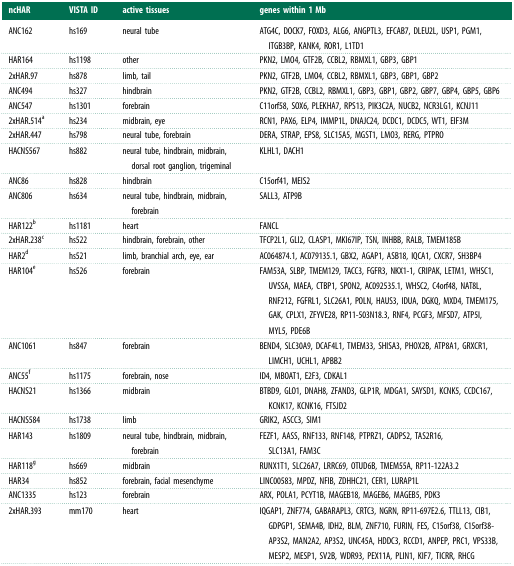
<table><thead><tr><td><b>ncHAR</b></td><td><b>VISTA ID</b></td><td><b>active tissues</b></td><td><b>genes within 1 Mb</b></td></tr></thead><tbody><tr><td>ANC162</td><td>hs169</td><td>neural tube</td><td>ATG4C, DOCK7, FOXD3, ALG6, ANGPTL3, EFCAB7, DLEU2L, USP1, PGM1, ITGB3BP, KANK4, ROR1, L1TD1</td></tr><tr><td>HAR164</td><td>hs1198</td><td>other</td><td>PKN2, LMO4, GTF2B, CCBL2, RBMXL1, GBP3, GBP1</td></tr><tr><td>2xHAR.97</td><td>hs878</td><td>limb, tail</td><td>PKN2, GTF2B, LMO4, CCBL2, RBMXL1, GBP3, GBP1, GBP2</td></tr><tr><td>ANC494</td><td>hs327</td><td>hindbrain</td><td>PKN2, GTF2B, CCBL2, RBMXL1, GBP3, GBP1, GBP2, GBP7, GBP4, GBP5, GBP6</td></tr><tr><td>ANC547</td><td>hs1301</td><td>forebrain</td><td>C11orf58, SOX6, PLEKHA7, RPS13, PIK3C2A, NUCB2, NCR3LG1, KCNJ11</td></tr><tr><td>2xHAR.514<sup>a</sup></td><td>hs234</td><td>midbrain, eye</td><td>RCN1, PAX6, ELP4, IMMP1L, DNAJC24, DCDC1, DCDC5, WT1, EIF3M</td></tr><tr><td>2xHAR.447</td><td>hs798</td><td>neural tube, forebrain</td><td>DERA, STRAP, EPS8, SLC15A5, MGST1, LMO3, RERG, PTPRO</td></tr><tr><td>HACNS567</td><td>hs882</td><td>neural tube, hindbrain, midbrain, dorsal root ganglion, trigeminal</td><td>KLHL1, DACH1</td></tr><tr><td>ANC86</td><td>hs828</td><td>hindbrain</td><td>C15orf41, MEIS2</td></tr><tr><td>ANC806</td><td>hs634</td><td>neural tube, hindbrain, midbrain, forebrain</td><td>SALL3, ATP9B</td></tr><tr><td>HAR122<sup>b</sup></td><td>hs1181</td><td>heart</td><td>FANCL</td></tr><tr><td>2xHAR.238<sup>c</sup></td><td>hs522</td><td>hindbrain, forebrain, other</td><td>TFCP2L1, GLI2, CLASP1, MKI67IP, TSN, INHBB, RALB, TMEM185B</td></tr><tr><td>HAR2<sup>d</sup></td><td>hs521</td><td>limb, branchial arch, eye, ear</td><td>AC064874.1, AC079135.1, GBX2, AGAP1, ASB18, IQCA1, CXCR7, SH3BP4</td></tr><tr><td>HAR104<sup>e</sup></td><td>hs526</td><td>forebrain</td><td>FAM53A, SLBP, TMEM129, TACC3, FGFR3, NKX1-1, CRIPAK, LETM1, WHSC1, UVSSA, MAEA, CTBP1, SPON2, AC092535.1, WHSC2, C4orf48, NAT8L, RNF212, FGFRL1, SLC26A1, POLN, HAUS3, IDUA, DGKQ, MXD4, TMEM175, GAK, CPLX1, ZFYVE28, RP11-503N18.3, RNF4, PCGF3, MFSD7, ATP5I, MYL5, PDE6B</td></tr><tr><td>ANC1061</td><td>hs847</td><td>forebrain</td><td>BEND4, SLC30A9, DCAF4L1, TMEM33, SHISA3, PHOX2B, ATP8A1, GRXCR1, LIMCH1, UCHL1, APBB2</td></tr><tr><td>ANC55<sup>f</sup></td><td>hs1175</td><td>forebrain, nose</td><td>ID4, MBOAT1, E2F3, CDKAL1</td></tr><tr><td>HACNS21</td><td>hs1366</td><td>midbrain</td><td>BTBD9, GLO1, DNAH8, ZFAND3, GLP1R, MDGA1, SAYSD1, KCNK5, CCDC167, KCNK17, KCNK16, FTSJD2</td></tr><tr><td>HACNS584</td><td>hs1738</td><td>limb</td><td>GRIK2, ASCC3, SIM1</td></tr><tr><td>HAR143</td><td>hs1809</td><td>neural tube, hindbrain, midbrain, forebrain</td><td>FEZF1, AASS, RNF133, RNF148, PTPRZ1, CADPS2, TAS2R16, SLC13A1, FAM3C</td></tr><tr><td>HAR118<sup>g</sup></td><td>hs669</td><td>midbrain</td><td>RUNX1T1, SLC26A7, LRRC69, OTUD6B, TMEM55A, RP11-122A3.2</td></tr><tr><td>HAR34</td><td>hs852</td><td>forebrain, facial mesenchyme</td><td>LINC00583, MPDZ, NFIB, ZDHHC21, CER1, LURAP1L</td></tr><tr><td>ANC1335</td><td>hs123</td><td>forebrain</td><td>ARX, POLA1, PCYT1B, MAGEB18, MAGEB6, MAGEB5, PDK3</td></tr><tr><td>2xHAR.393</td><td>mm170</td><td>heart</td><td>IQGAP1, ZNF774, GABARAPL3, CRTC3, NGRN, RP11-697E2.6, TTLL13, CIB1, GDPGP1, SEMA4B, IDH2, BLM, ZNF710, FURIN, FES, C15orf38, C15orf38-AP3S2, MAN2A2, AP3S2, UNC45A, HDDC3, RCCD1, ANPEP, PRC1, VPS33B, MESP2, MESP1, SV2B, WDR93, PEX11A, PLIN1, KIF7, TICRR, RHCG</td></tr></tbody></table>